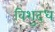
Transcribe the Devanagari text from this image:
विशुद्‍ध